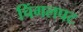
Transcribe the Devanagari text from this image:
चिंगलपट